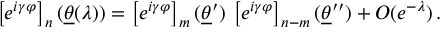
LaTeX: \left[ e ^ { i \gamma \varphi } \right] _ { n } ( \underline { { { \theta } } } ( \lambda ) ) = \left[ e ^ { i \gamma \varphi } \right] _ { m } ( \underline { { { \theta } } } ^ { \prime } ) \, \left[ e ^ { i \gamma \varphi } \right] _ { n - m } ( \underline { { { \theta } } } ^ { \prime \prime } ) + O ( e ^ { - \lambda } ) \, .